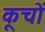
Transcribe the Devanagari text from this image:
कूचों